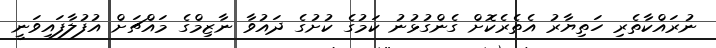
ނުރައްކާތެރި ހަތިޔާރު އެތެރެކޮށް ގެންގުޅުނު ކަމުގެ ކުށުގެ ދައުވާ ނާޒިމްގެ މައްޗަށް އުފުލާފައިވަނީ